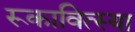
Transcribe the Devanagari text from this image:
रूकावित्स्या